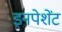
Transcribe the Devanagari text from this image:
इनपेशेंट